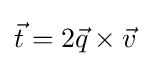
{\vec {t}}=2{\vec {q}}\times {\vec {v}}